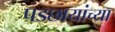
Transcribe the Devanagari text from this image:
पडछायांच्या